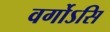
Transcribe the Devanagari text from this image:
वर्गोऽसि